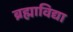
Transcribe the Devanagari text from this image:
ब्रह्माविद्या